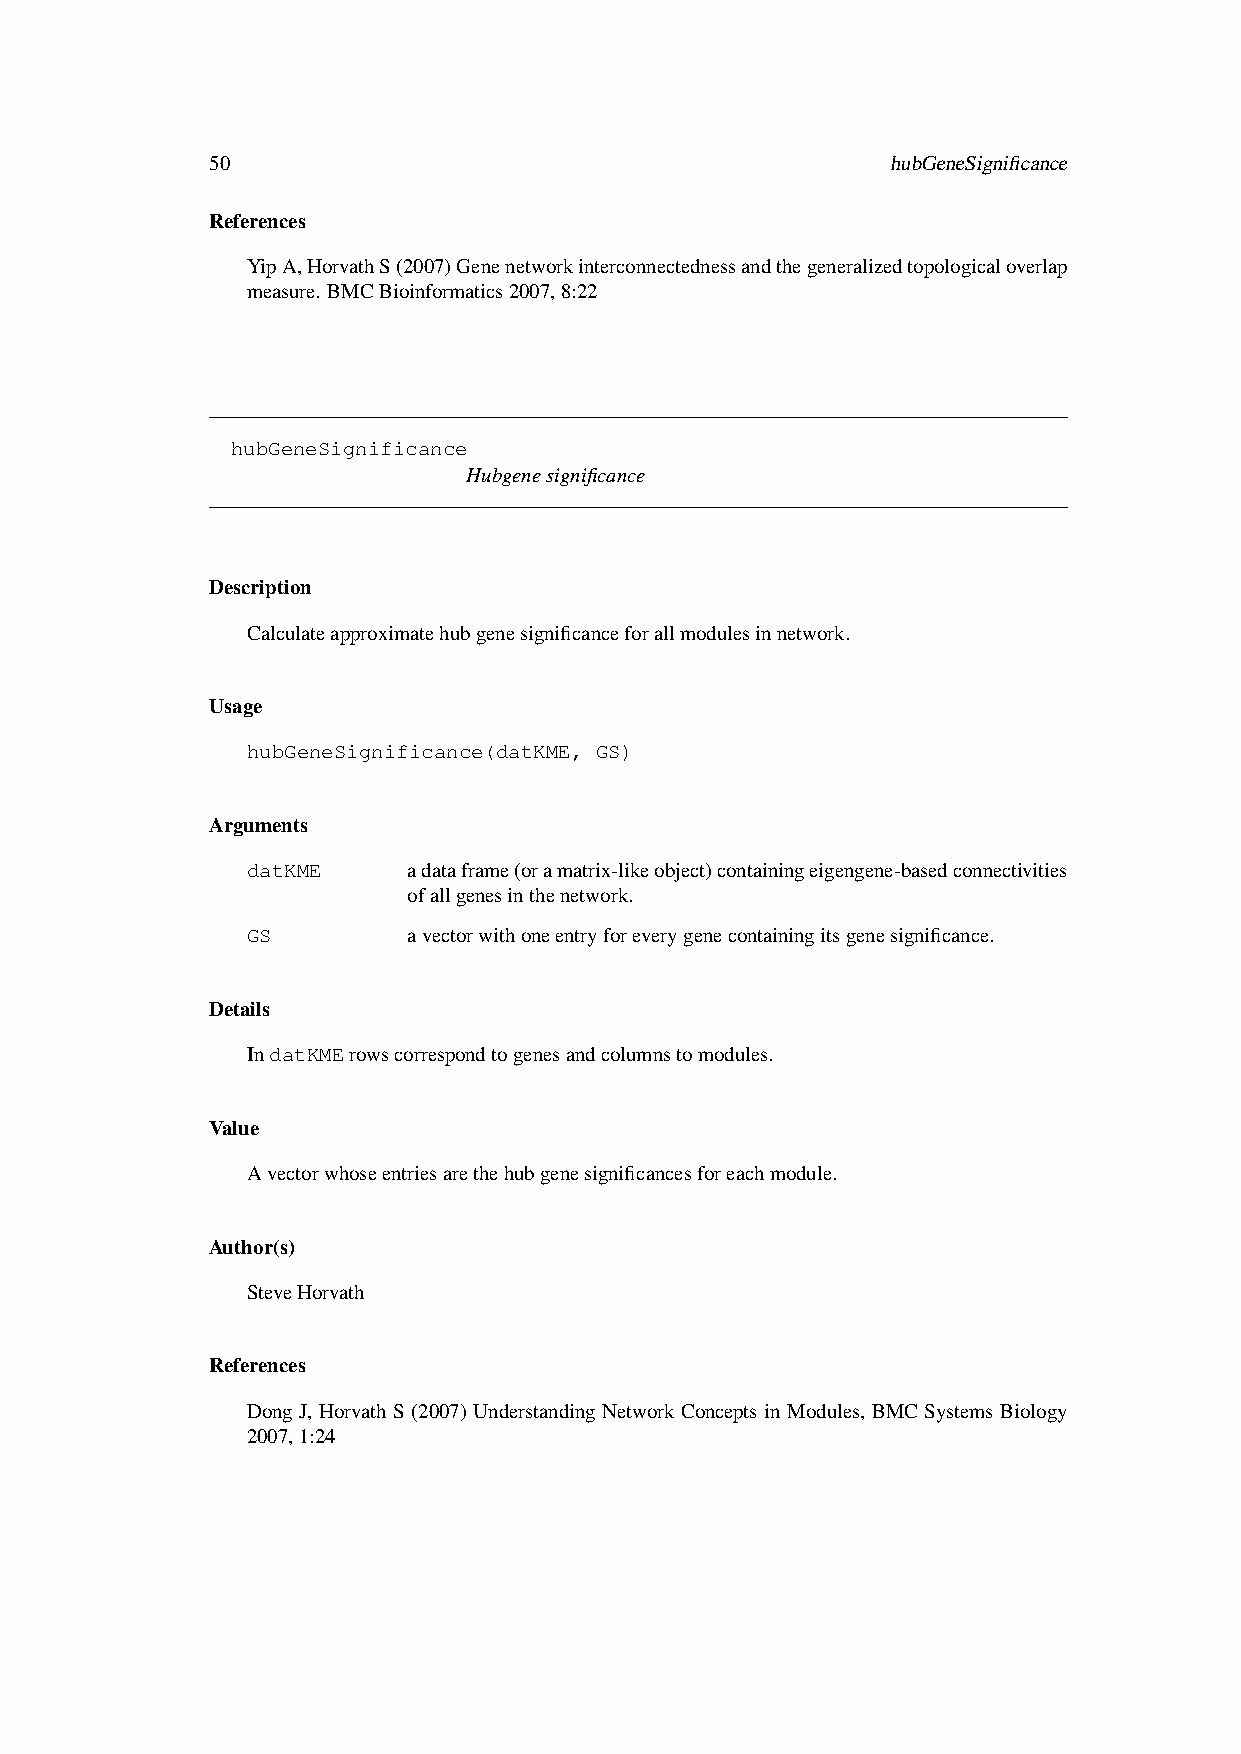
50                                           hubGeneSignificance
 References
 YipA,HorvathS(2007)Genenetworkinterconnectednessandthegeneralizedtopologicaloverlap
 measure. BMCBioinformatics2007,8:22
 hubGeneSignificance
 Hubgenesignificance
 Description
 Calculateapproximatehubgenesignificanceforallmodulesinnetwork.
 Usage
 hubGeneSignificance(datKME, GS)
 Arguments
 datKME     adataframe(oramatrix-likeobject)containingeigengene-basedconnectivities
 ofallgenesinthenetwork.
 GS         avectorwithoneentryforeverygenecontainingitsgenesignificance.
 Details
 IndatKMErowscorrespondtogenesandcolumnstomodules.
 Value
 Avectorwhoseentriesarethehubgenesignificancesforeachmodule.
 Author(s)
 SteveHorvath
 References
 Dong J, Horvath S (2007) Understanding Network Concepts in Modules, BMC Systems Biology
 2007,1:24